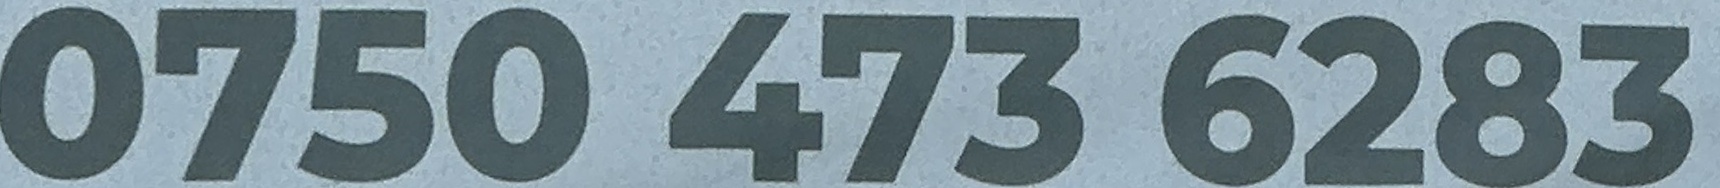
0750 473 6283